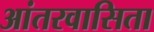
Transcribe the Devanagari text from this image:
आंतरवासिता